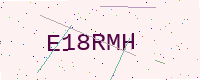
Text: E18RMH